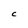
Character: c